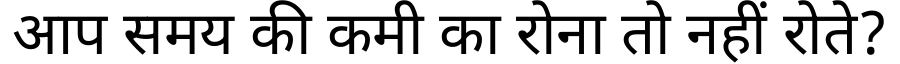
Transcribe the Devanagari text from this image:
आप समय की कमी का रोना तो नहीं रोते?